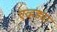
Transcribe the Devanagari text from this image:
एव्हड्या